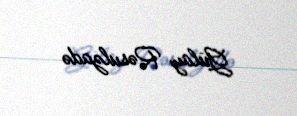
Gülay Rəsulzadə